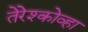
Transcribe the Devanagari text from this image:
तेरेश्कोव्हा